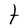
Character: t